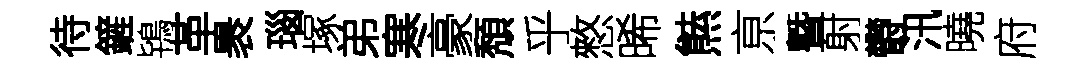
待鏟鴇革褁瑙塚弟寒豪頽乎憗晞㷱亰曁射欎汛曉府